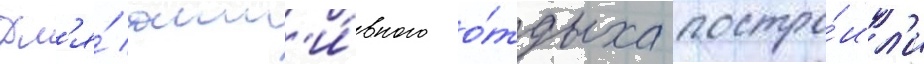
Дл'я́ акт'и́вного о́тдыха постро́ил'и